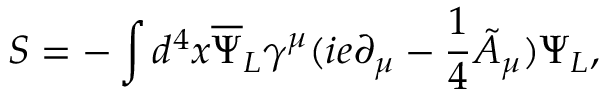
S = - \int d ^ { 4 } x { \overline { { { \Psi } } } _ { L } } \gamma ^ { \mu } ( i e \partial _ { \mu } - \frac { 1 } { 4 } { \tilde { A } } _ { \mu } ) \Psi _ { L } ,